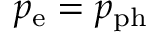
p _ { \mathrm { e } } = p _ { \mathrm { p h } }